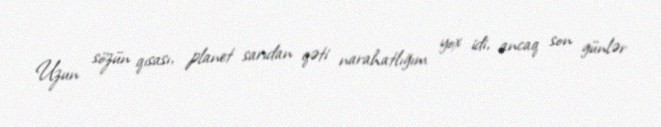
Uzun sözün qısası, planet sarıdan qəti narahatlığım yox idi, ancaq son günlər